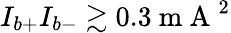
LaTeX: I_{b+}I_{b-}\gtrsim 0.3\mathrm{~m~A~}^{2}